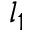
l _ { 1 }